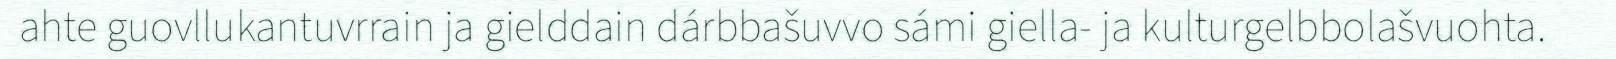
ahte guovllukantuvrrain ja gielddain dárbbašuvvo sámi giella- ja kulturgelbbolašvuohta.